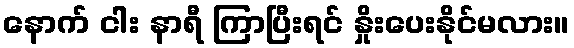
နောက် ငါး နာရီ ကြာပြီးရင် နှိုးပေးနိုင်မလား။